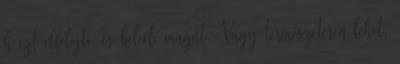
h ezt elfelejti, és beleéli magát. Vagy természetesen lehet,